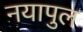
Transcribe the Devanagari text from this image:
नयापुल